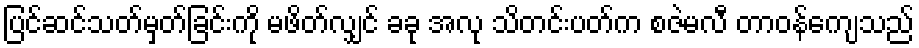
ပြင်ဆင်သတ်မှတ်ခြင်းကို မဖိတ်လျှင် ခခု အလု သိတင်းပတ်က စဇဲမလီ တာဝန်ကျေသည်